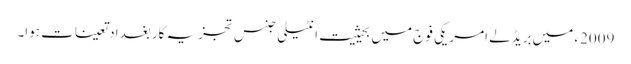
2009ء میں بریڈلے امریکی فوج میں بحیثیت انٹیلی جنس تجزیہ کار بغداد تعینات ہوا۔